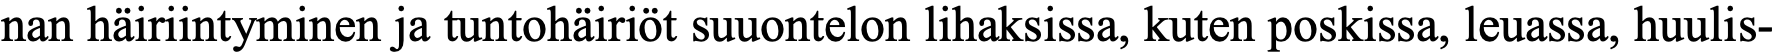
nan häiriintyminen ja tuntohäiriöt suuontelon lihaksissa, kuten poskissa, leuassa, huulis-